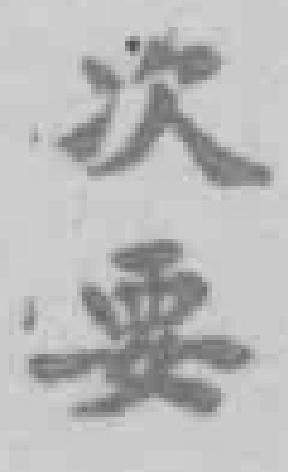
次要